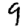
Digit: 9